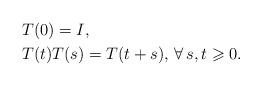
LaTeX: \begin{align*} &T(0) = I, \\ &T(t)T(s) = T(t+s),\,\forall\,s,t\geqslant 0. \end{align*}